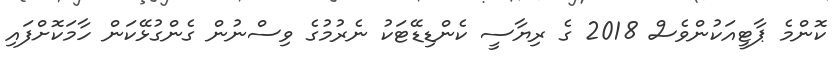
ކޮންމެ ޕާޓީއަކުންވެސް 2018 ގެ ރިޔާސީ ކެންޑިޑޭޓަކު ނެރުމުގެ ވިސްނުން ގެންގުޅޭކަން ހާމަކޮށްފައި